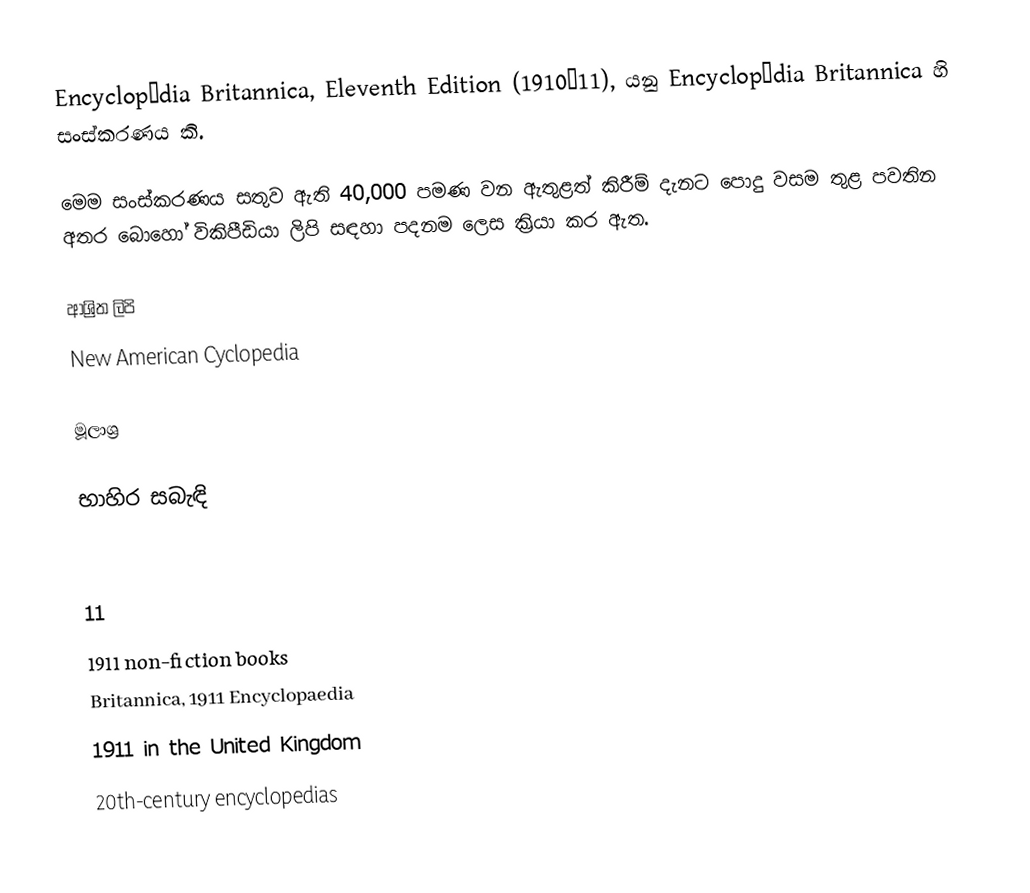
Encyclopædia Britannica, Eleventh Edition (1910–11), යනු Encyclopædia Britannica හි සංස්කරණය කි.

මෙම සංස්කරණය සතුව ඇති 40,000 පමණ වන ඇතුළත් කිරීම් දැනට පොදු වසම තුළ පවතින අතර බොහෝ විකිපීඩියා ලිපි සඳහා පදනම ලෙස ක්‍රියා කර ඇත.

ආශ්‍රිත ලිපි
 New American Cyclopedia

මූලාශ්‍ර

භාහිර සබැඳි

11
1911 non-fiction books
Britannica, 1911 Encyclopaedia
1911 in the United Kingdom
20th-century encyclopedias